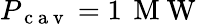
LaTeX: P_{\mathrm{~c~a~v~}}=1\, \mathrm{~M~W~}